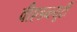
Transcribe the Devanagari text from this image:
वीएडब्ल्यूटी